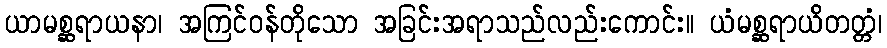
ယာမစ္ဆရာယနာ၊ အကြင်ဝန်တိုသော အခြင်းအရာသည်လည်းကောင်း။ ယံမစ္ဆရာယိတတ္တံ၊